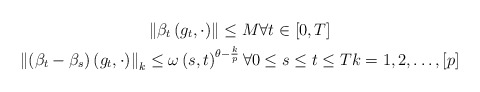
\begin{gather*}\left\Vert \beta _{t}\left( g_{t},\cdot \right) \right\Vert \leq M\forall t\in \left[ 0,T\right] \\\left\Vert \left( \beta _{t}-\beta _{s}\right) \left( g_{t},\cdot \right)\right\Vert _{k}\leq \omega \left( s,t\right) ^{\theta -\frac{k}{p}}\forall 0\leq s\leq t\leq Tk=1,2,\dots ,\left[ p\right] \end{gather*}